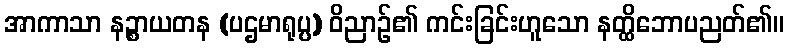
အာကာသာ နဉ္စာယတန (ပဌမာရုပ္ပ) ဝိညာဉ်၏ ကင်းခြင်းဟူသော နတ္ထိဘောပညတ်၏။